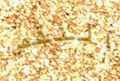
النقص